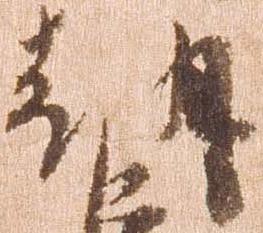
朝